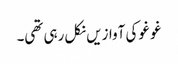
غو غو کی آوازیں نکل رہی تھی۔